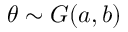
\theta \sim G ( a , b )